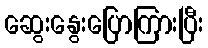
ဆွေးနွေးပြောကြားပြီး